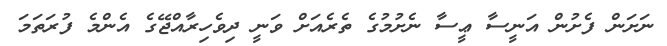
ނަށަން ފެށުން އަނީސާ ޢީސާ ނެށުމުގެ ތެރެއަށް ވަނީ ދިވެހިރާއްޖޭގެ އެންމެ ފުރަތަމަ